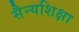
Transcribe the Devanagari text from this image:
सैन्यशिक्षा